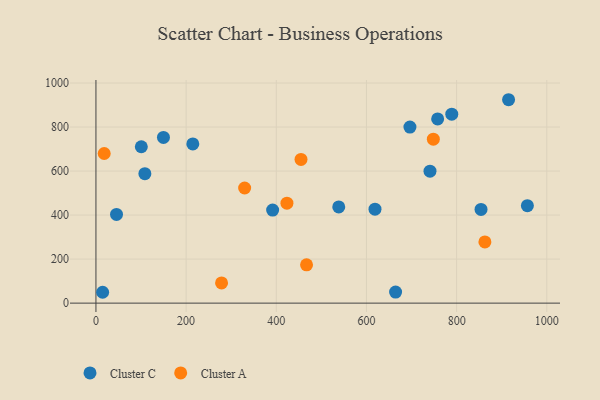
{"axis": {"x": "Price", "y": "Demand"}, "legend": ["Cluster A", "Cluster C"], "data": [{"x": "108.5", "y": 588.1, "type": "Cluster C"}, {"x": "956.9", "y": 442.8, "type": "Cluster C"}, {"x": "915.2", "y": 924.1, "type": "Cluster C"}, {"x": "854.1", "y": 425.7, "type": "Cluster C"}, {"x": "757.9", "y": 836.8, "type": "Cluster C"}, {"x": "14.8", "y": 49.3, "type": "Cluster C"}, {"x": "45.6", "y": 403.0, "type": "Cluster C"}, {"x": "149.7", "y": 753.0, "type": "Cluster C"}, {"x": "538.5", "y": 436.9, "type": "Cluster C"}, {"x": "391.9", "y": 422.7, "type": "Cluster C"}, {"x": "100.6", "y": 710.5, "type": "Cluster C"}, {"x": "618.9", "y": 427.0, "type": "Cluster C"}, {"x": "740.9", "y": 599.7, "type": "Cluster C"}, {"x": "696.4", "y": 799.9, "type": "Cluster C"}, {"x": "214.8", "y": 723.4, "type": "Cluster C"}, {"x": "789.2", "y": 858.6, "type": "Cluster C"}, {"x": "664.6", "y": 50.3, "type": "Cluster C"}, {"x": "423.6", "y": 454.1, "type": "Cluster A"}, {"x": "329.8", "y": 523.1, "type": "Cluster A"}, {"x": "748.3", "y": 744.8, "type": "Cluster A"}, {"x": "278.6", "y": 92.0, "type": "Cluster A"}, {"x": "18.3", "y": 679.8, "type": "Cluster A"}, {"x": "454.8", "y": 652.7, "type": "Cluster A"}, {"x": "467.1", "y": 173.9, "type": "Cluster A"}, {"x": "862.7", "y": 277.9, "type": "Cluster A"}]}